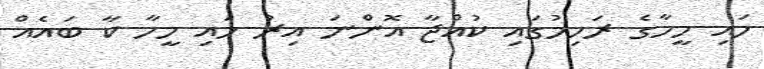
މައި މީހާގެ ރަހިމުގައި ކުއްޖާ އޮންނަ އިރު މައި މީހާ ކާ ބައެއް